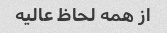
از همه لحاظ عالیه